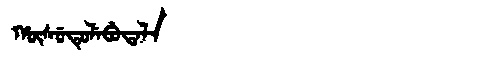
Manchu: ᡥᡡᠰᡠᡨᡠᠯᡝᠪᡠᡨᠠᠯᠠ
Romanization: HŪSUTULEBUTALA